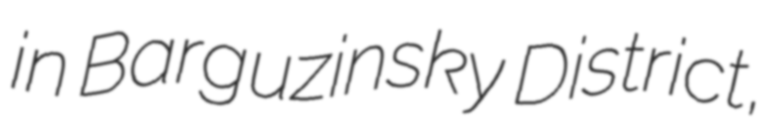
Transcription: in Barguzinsky District,